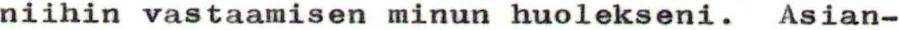
niihin vastaamisen minun huolekseni. Asian-